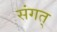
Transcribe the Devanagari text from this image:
संगत्